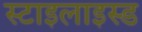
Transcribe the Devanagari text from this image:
स्टाइलाइस्ड